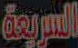
السريعة